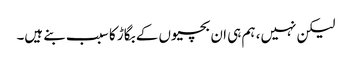
لیکن نہیں، ہم ہی ان بچیوں کے بگاڑ کا سبب بنے ہیں۔